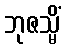
ဘုဇသ္မိံ